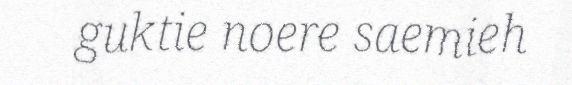
guktie noere saemieh